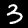
Digit: 3